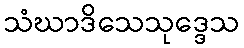
သံဃာဒိသေသုဒ္ဒေသ